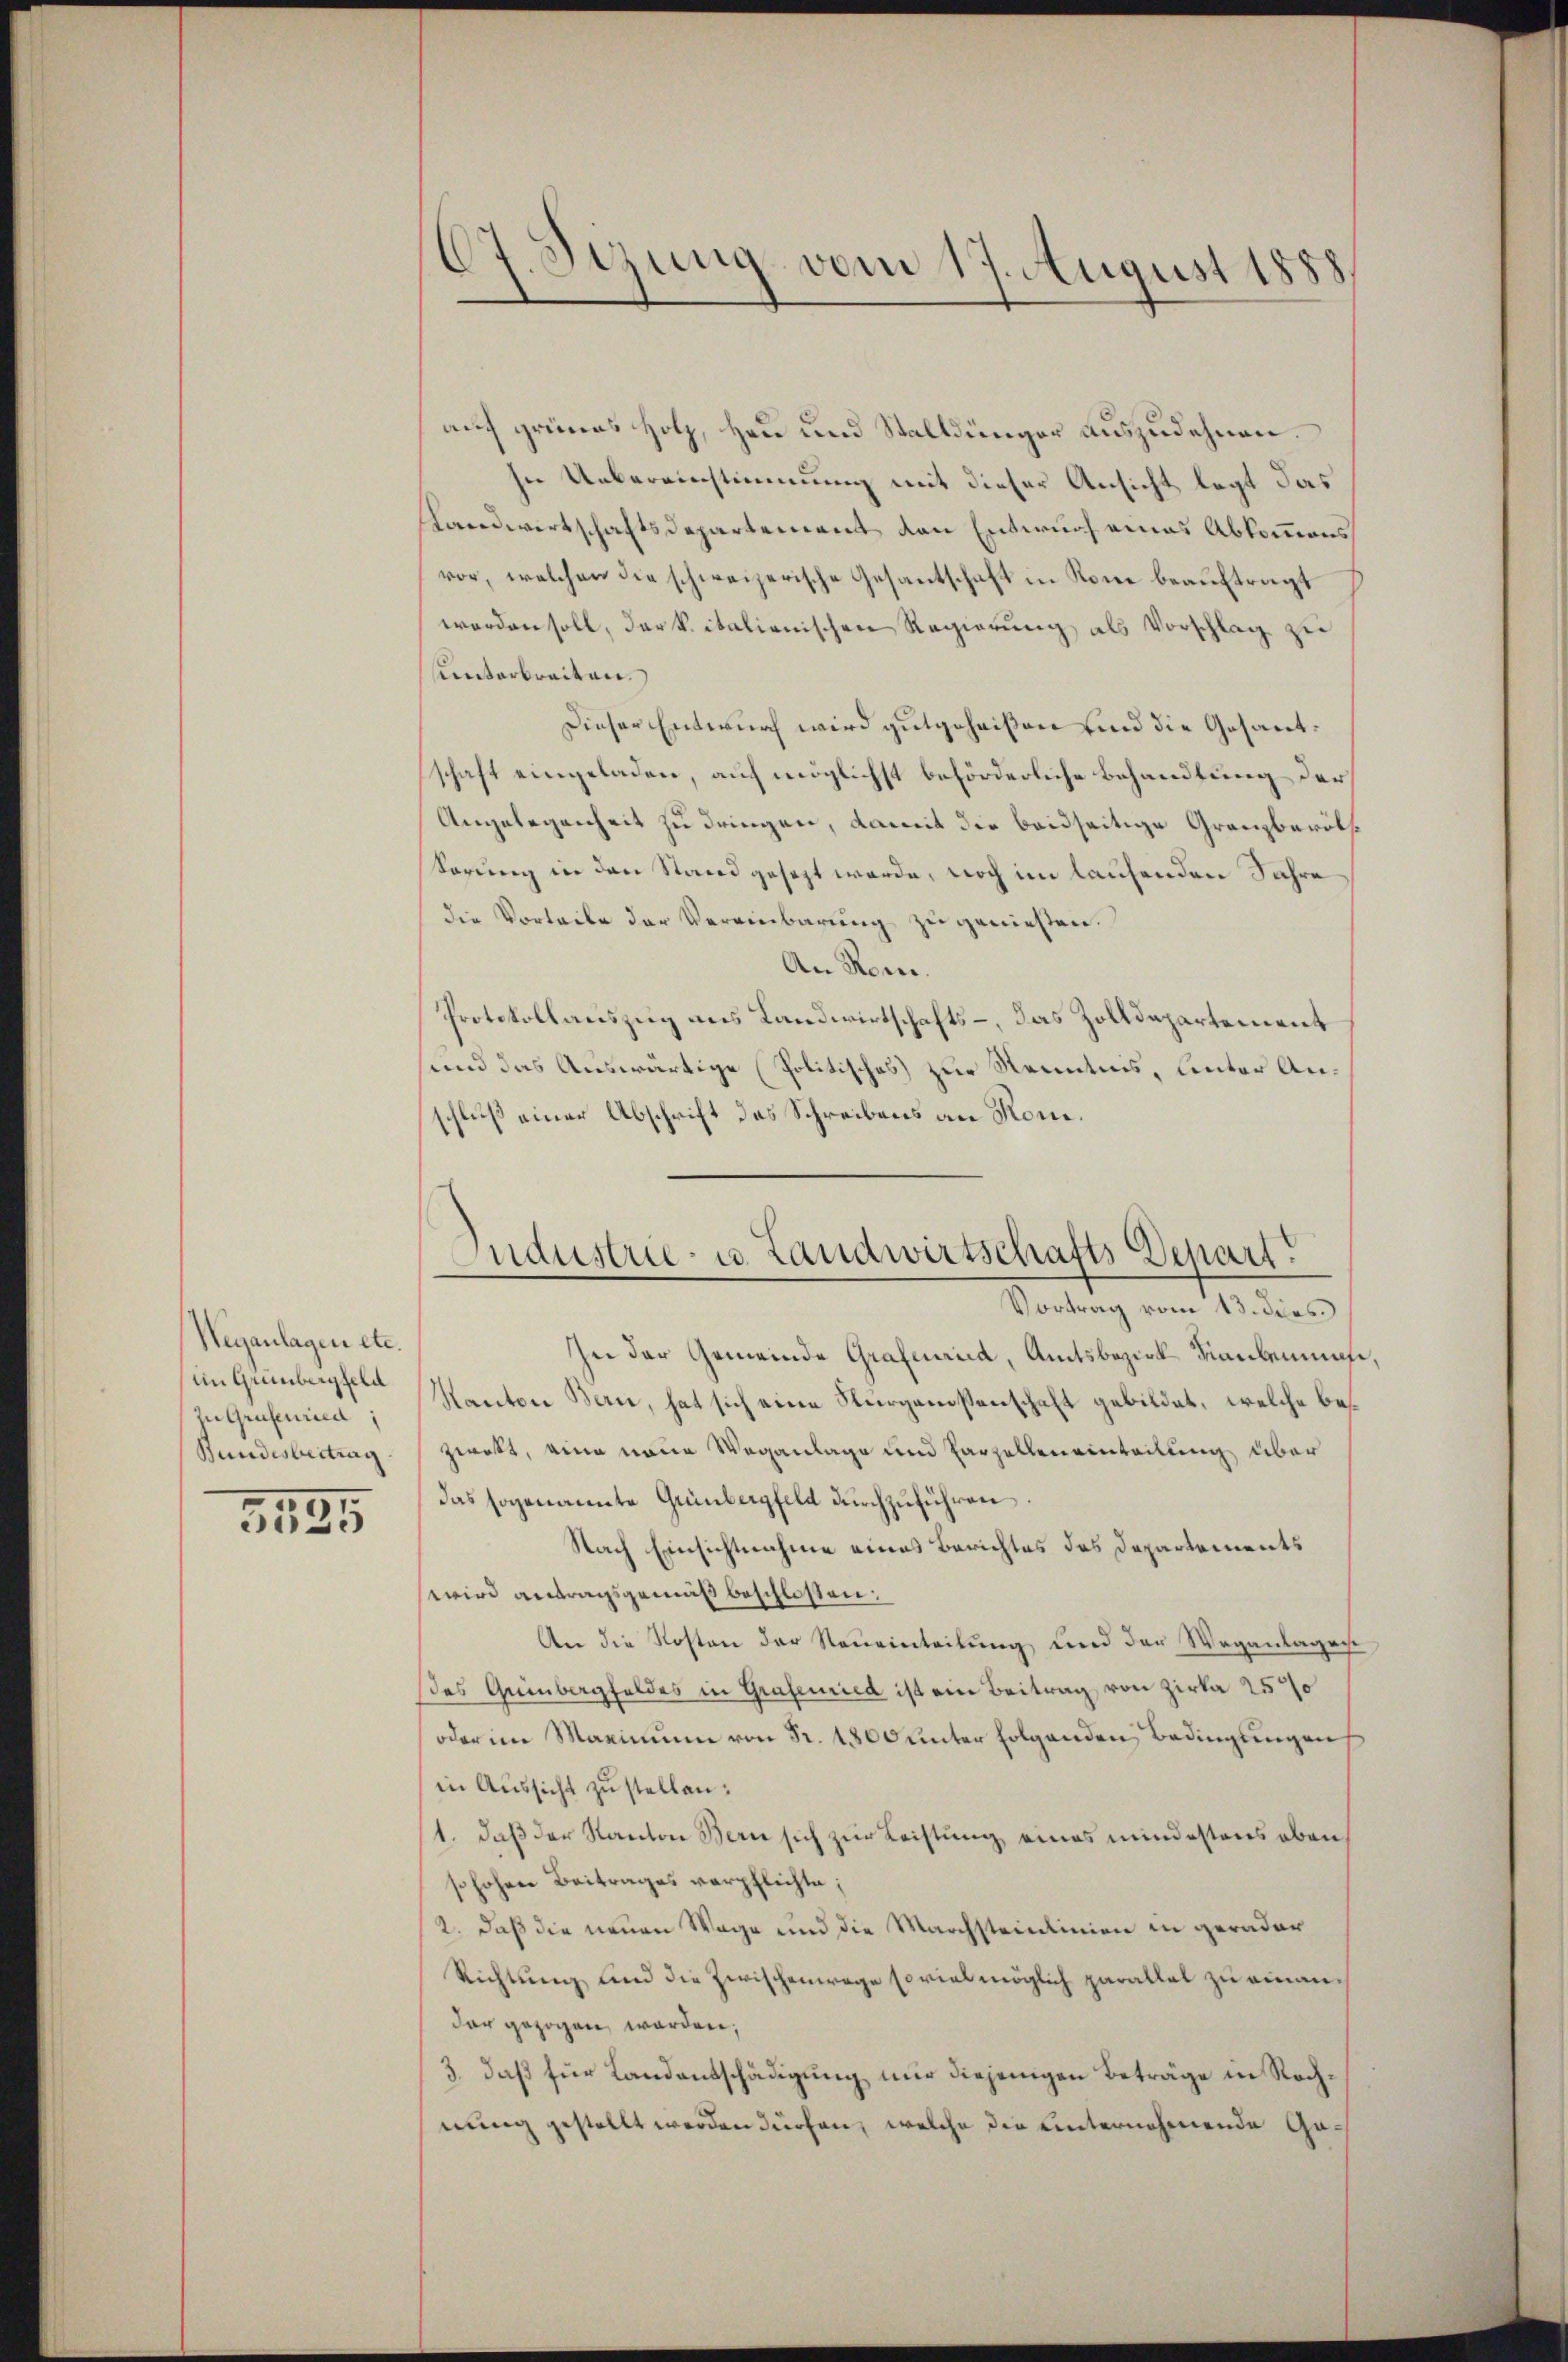
Heganlagen etc.
im Grünbergfeld
zu Grafenried
Bundesbeitrag

3535

67. Sezung vom 17. August 1888.

auch grünes Holz, Heu und Stalldünger auszudehnen.
In Uebereinstimmung mit dieser Ansicht legt das
Landwirtschaftsdepartement den Entwurf eines Abkommens
vor, welchen die schweizerische Gesantschaft in Rone beauftragt
worden soll, der k. italienischen Regierung als Vorschlag zu
unterbreiten.
Dieser Entwurf wird gutgeheißen und die Gesantschaft eingeladen, auf möglichst beförderliche Behandlung der
Angelegenheit zu dringen, damit die beidseitige Granzberöthe
Körung in den Stand gesezt werde, noch im laufenden Jahre
die Vorteile der Vereinbarung zu geniessen.
An Rom.
Protokollauszug aus Landwirtschafts-, das Zolldepartement
und das Auswärtige Politisches zur Kenntnis, linter Anschluß einer Abschrift des Schreibens an Kom¬

Andustrie- u. Landwirtschafts Depart.

Vortrag vom 13. dies
In der Gemeinde Grafenried, Amtsbezirk Miaubenmas,
Kanton Bern, hat sich eine Kurgansenschaft gebildet, welche bes
zwet, eine neue Weganlage und Parzellen einteilung über
das sogenannte Grünbergfeld durchzŭführen.
Nach Einsichtnahme eines Berichtes des Departements
wird antragsgemäß beschlossen:
An die Kosten der Neŭeinteilŭng und der Weganlagen
des Geinbergfeldes in Grafenried ist ein Beitrag von Zirka 25%
oder im Marinium von Fr. 1800 unter folgenden Bedingungen
in Aussicht zu stellen:
1. daß der Kanton Bern sich zur Leistung eines mindestens oben
shohen Beitrages verpflichte;
2. daß die neuen Wage und die Marchsteinlinien in gerader
Richtung und die Zwischenwege soviel möglich parallel zu einandar gezogen worden,
3., daß für Landentschädigung nur diejenigen Beträge in Rechnung gestellt werden dürfen, welche die unternehmende Ge¬